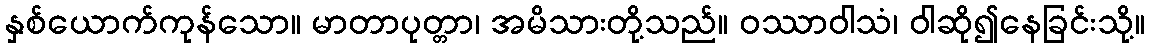
နှစ်ယောက်ကုန်သော။ မာတာပုတ္တာ၊ အမိသားတို့သည်။ ဝဿာဝါသံ၊ ဝါဆို၍နေခြင်းသို့။